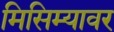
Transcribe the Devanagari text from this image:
मिसिम्यावर